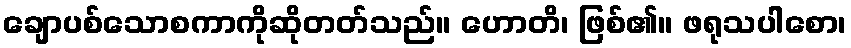
ချောပစ်သောစကာကိုဆိုတတ်သည်။ ဟောတိ၊ ဖြစ်၏။ ဖရုသပါစော၊